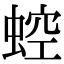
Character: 𧌆